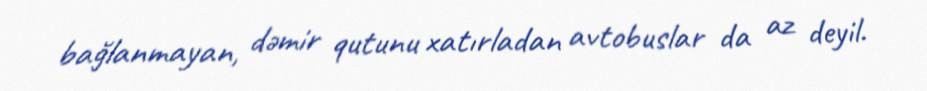
bağlanmayan, dəmir qutunu xatırladan avtobuslar da az deyil.